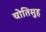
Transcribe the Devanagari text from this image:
चोतिसुह